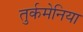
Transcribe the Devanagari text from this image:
तुर्कमेनिया